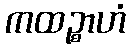
ကထဉ္စာဟံ